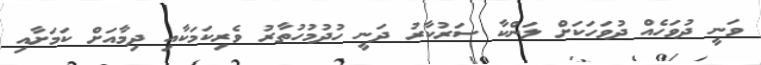
ވަނީ ދުވަހެއް ދުވަހަކަށް ލަންކާ ސަރުކާރު ދަނީ ހުދުމުހުތާރު ވެރިކަމަކާއި ދިމާއަށް ކަމަށާއި